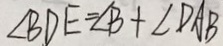
\angle B D E = \angle B + \angle D A B